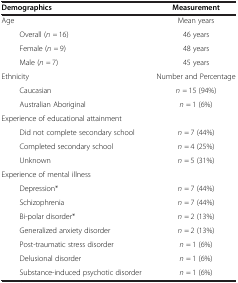
| <COLSPAN=2> Demographics | Measurement |
 | --- | --- | --- |
 | <COLSPAN=2> Age | Mean years |
 |  | Overall (n = 16) | 46 years |
 |  | Female (n = 9) | 48 years |
 |  | Male (n = 7) | 45 years |
 | <COLSPAN=2> Ethnicity | Number and Percentage |
 |  | Caucasian | n = 15 (94%) |
 |  | Australian Aboriginal | n = 1 (6%) |
 | <COLSPAN=2> Experience of educational attainment |  |
 |  | Did not complete secondary school | n = 7 (44%) |
 |  | Completed secondary school | n = 4 (25%) |
 |  | Unknown | n = 5 (31%) |
 | <COLSPAN=2> Experience of mental illness |  |
 |  | Depression* | n = 7 (44%) |
 |  | Schizophrenia | n = 7 (44%) |
 |  | Bi-polar disorder* | n = 2 (13%) |
 |  | Generalized anxiety disorder | n = 2 (13%) |
 |  | Post-traumatic stress disorder | n = 1 (6%) |
 |  | Delusional disorder | n = 1 (6%) |
 |  | Substance-induced psychotic disorder | n = 1 (6%) |